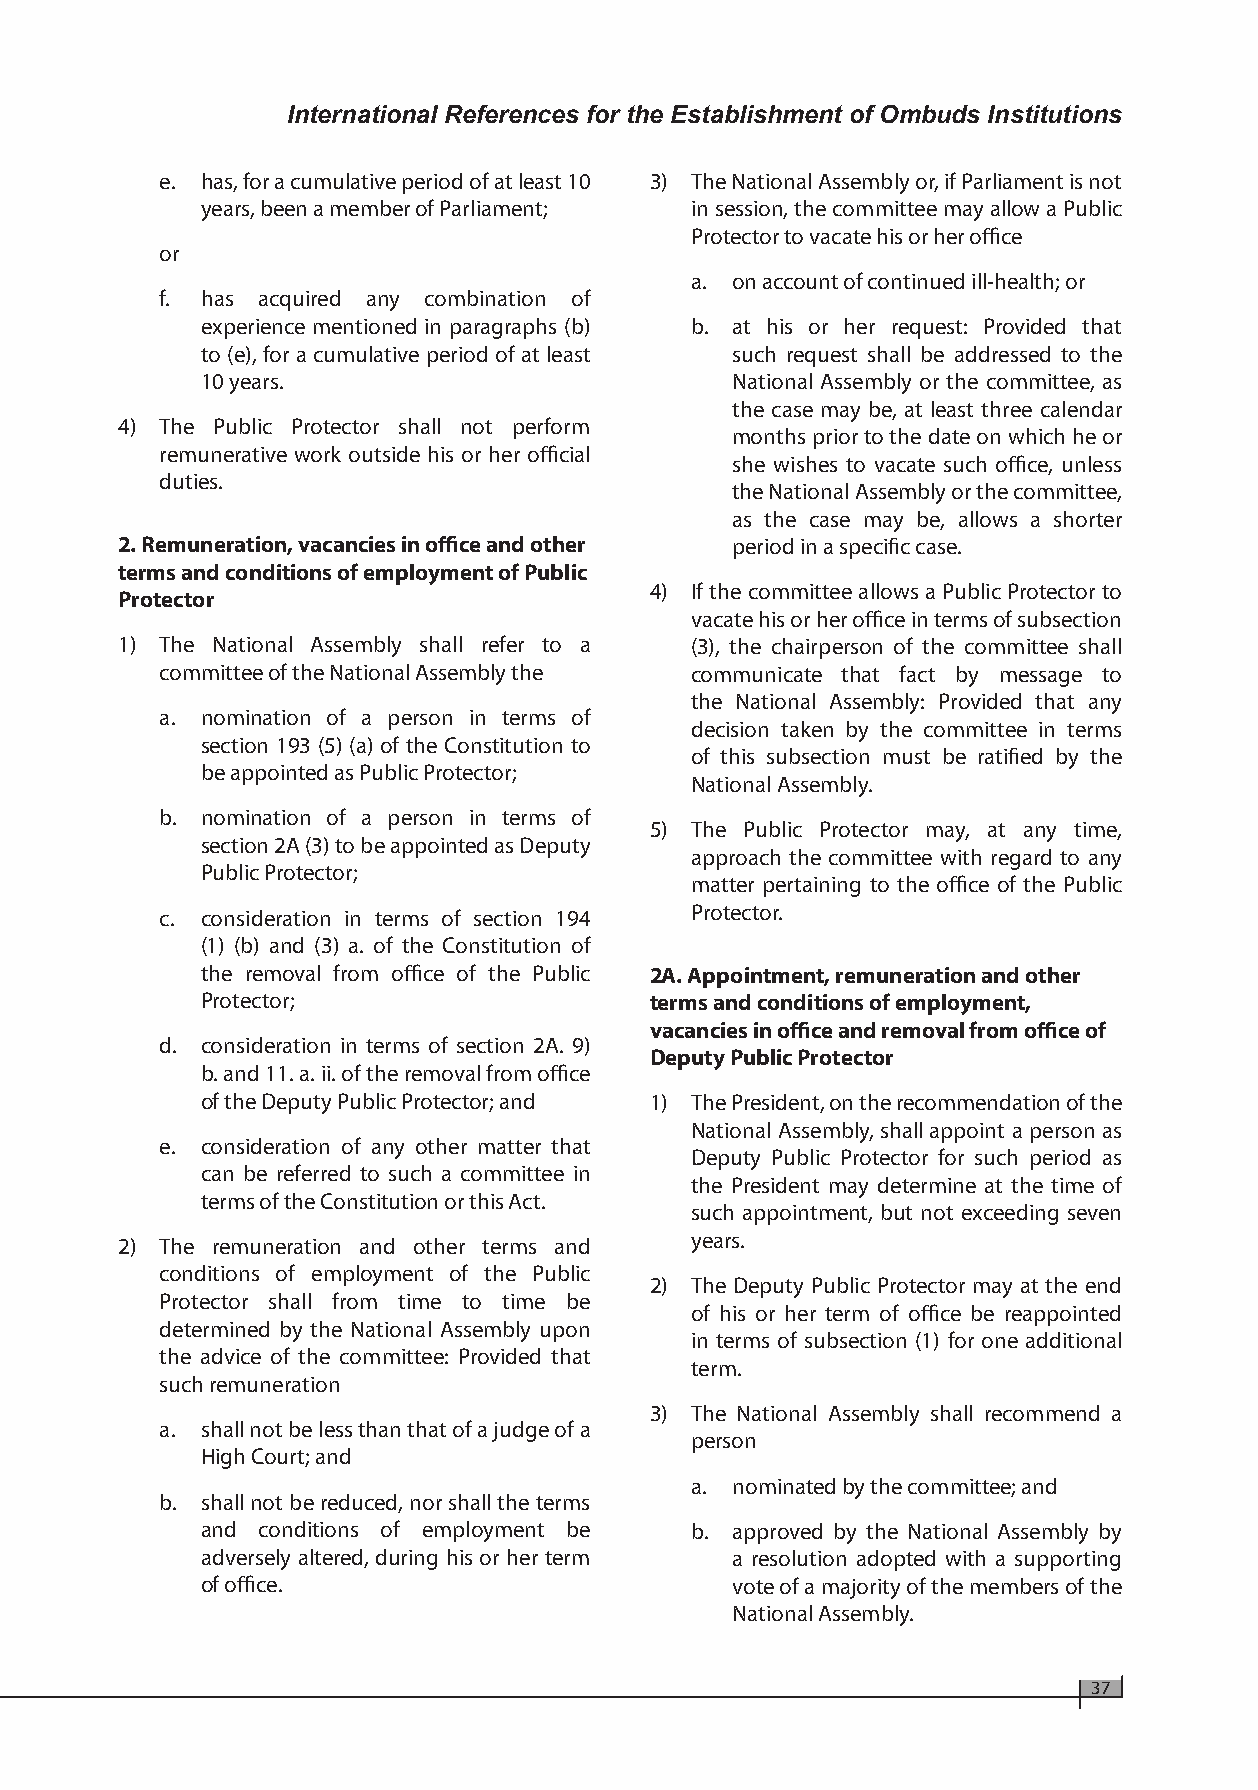
International References for the Establishment of Ombuds Institutions
 e. has, for a cumulative period of at least 10 3) The National Assembly or, if Parliament is not
 years, been a member of Parliament; in session, the committee may allow a Public
 Protector to vacate his or her office
 or
 a. on account of continued ill-health; or
 f. has acquired any combination of
 experience mentioned in paragraphs (b) b. at his or her request: Provided that
 to (e), for a cumulative period of at least such request shall be addressed to the
 10 years.                          National Assembly or the committee, as
 the case may be, at least three calendar
 4) The Public Protector shall not perform
 months prior to the date on which he or
 remunerative work outside his or her official
 she wishes to vacate such office, unless
 duties.
 the National Assembly or the committee,
 as the case may be, allows a shorter
 2. Remuneration, vacancies in office and other period in a specific case.
 terms and conditions of employment of Public
 4) If the committee allows a Public Protector to
 Protector
 vacate his or her office in terms of subsection
 1) The National Assembly shall refer to a (3), the chairperson of the committee shall
 committee of the National Assembly the communicate that fact by message to
 the National Assembly: Provided that any
 a. nomination of a person in terms of
 decision taken by the committee in terms
 section 193 (5) (a) of the Constitution to
 of this subsection must be ratified by the
 be appointed as Public Protector;
 National Assembly.
 b. nomination of a person in terms of
 5) The Public Protector may, at any time,
 section 2A (3) to be appointed as Deputy
 approach the committee with regard to any
 Public Protector;
 matter pertaining to the office of the Public
 c. consideration in terms of section 194 Protector.
 (1) (b) and (3) a. of the Constitution of
 the removal from office of the Public 2A. Appointment, remuneration and other
 Protector;                    terms and conditions of employment,
 vacancies in office and removal from office of
 d. consideration in terms of section 2A. 9)
 Deputy Public Protector
 b. and 11. a. ii. of the removal from office
 of the Deputy Public Protector; and 1) The President, on the recommendation of the
 National Assembly, shall appoint a person as
 e. consideration of any other matter that
 Deputy Public Protector for such period as
 can be referred to such a committee in
 the President may determine at the time of
 terms of the Constitution or this Act.
 such appointment, but not exceeding seven
 2) The remuneration and other terms and years.
 conditions of employment of the Public
 2) The Deputy Public Protector may at the end
 Protector shall from time to time be
 of his or her term of office be reappointed
 determined by the National Assembly upon
 in terms of subsection (1) for one additional
 the advice of the committee: Provided that
 term.
 such remuneration
 3) The National Assembly shall recommend a
 a. shall not be less than that of a judge of a
 person
 High Court; and
 a. nominated by the committee; and
 b. shall not be reduced, nor shall the terms
 and conditions of employment be  b. approved by the National Assembly by
 adversely altered, during his or her term a resolution adopted with a supporting
 of office.                         vote of a majority of the members of the
 National Assembly.
 37